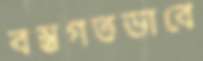
বস্তুগতভাবে